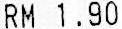
RM 1.90